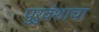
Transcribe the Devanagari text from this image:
पुरुवंशाचा